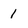
Character: 1